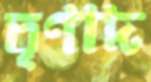
তৃণাদ